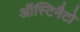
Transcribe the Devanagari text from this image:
ऑस्टिनैटो